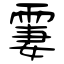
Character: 霋